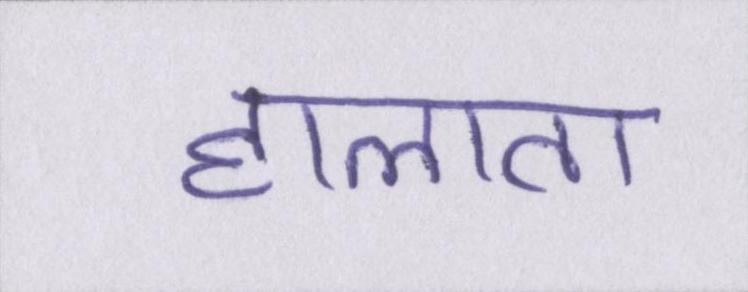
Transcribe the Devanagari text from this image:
हालात